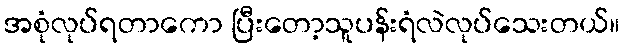
အစုံလုပ်ရတာကော ပြီးတော့သူပန်းရံလဲလုပ်သေးတယ်။